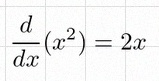
\frac{d}{dx}(x^2)=2x